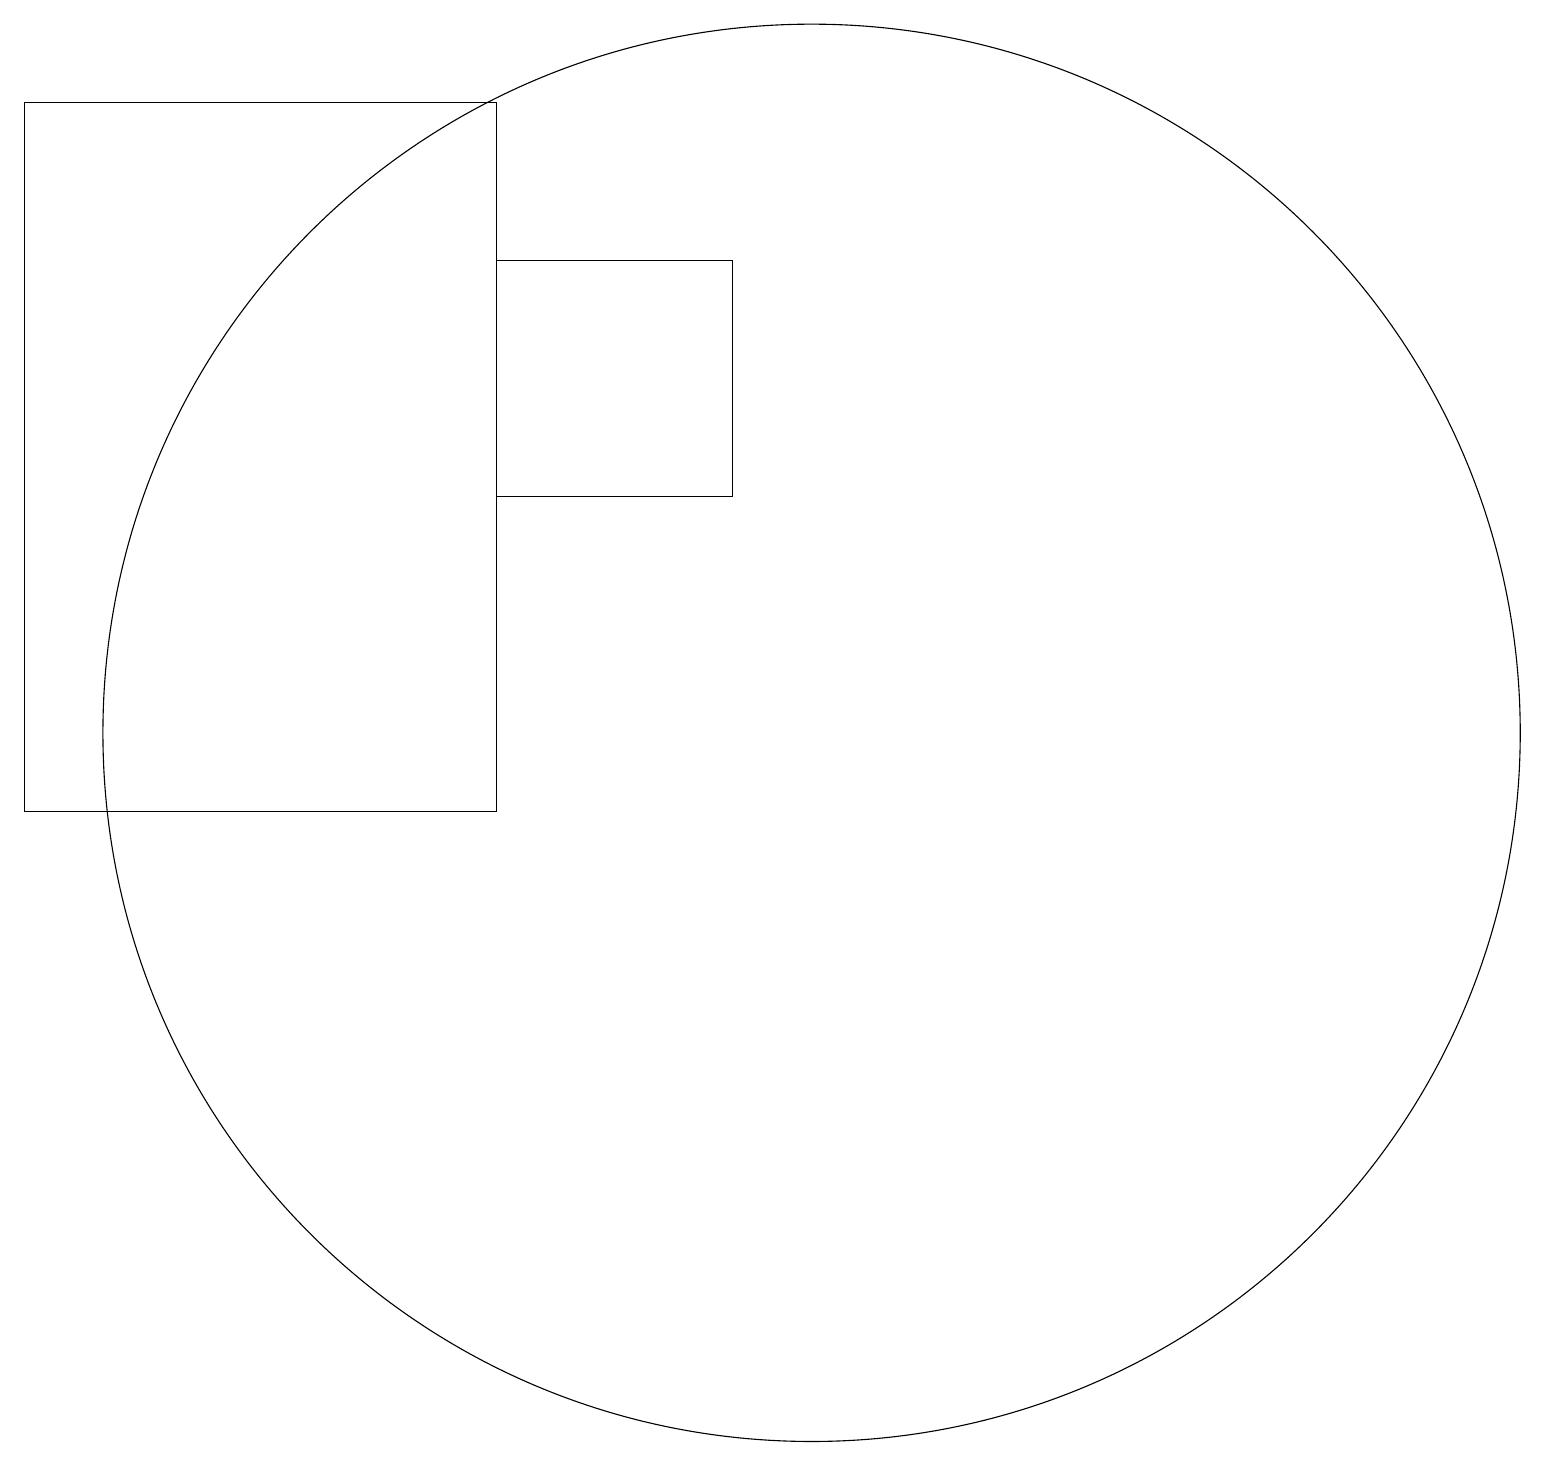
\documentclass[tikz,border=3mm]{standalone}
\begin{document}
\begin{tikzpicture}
\draw (6,10) rectangle (0,19);
\draw (10,11) circle (9);
\draw (9,14) rectangle (6,17);
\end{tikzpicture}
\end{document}